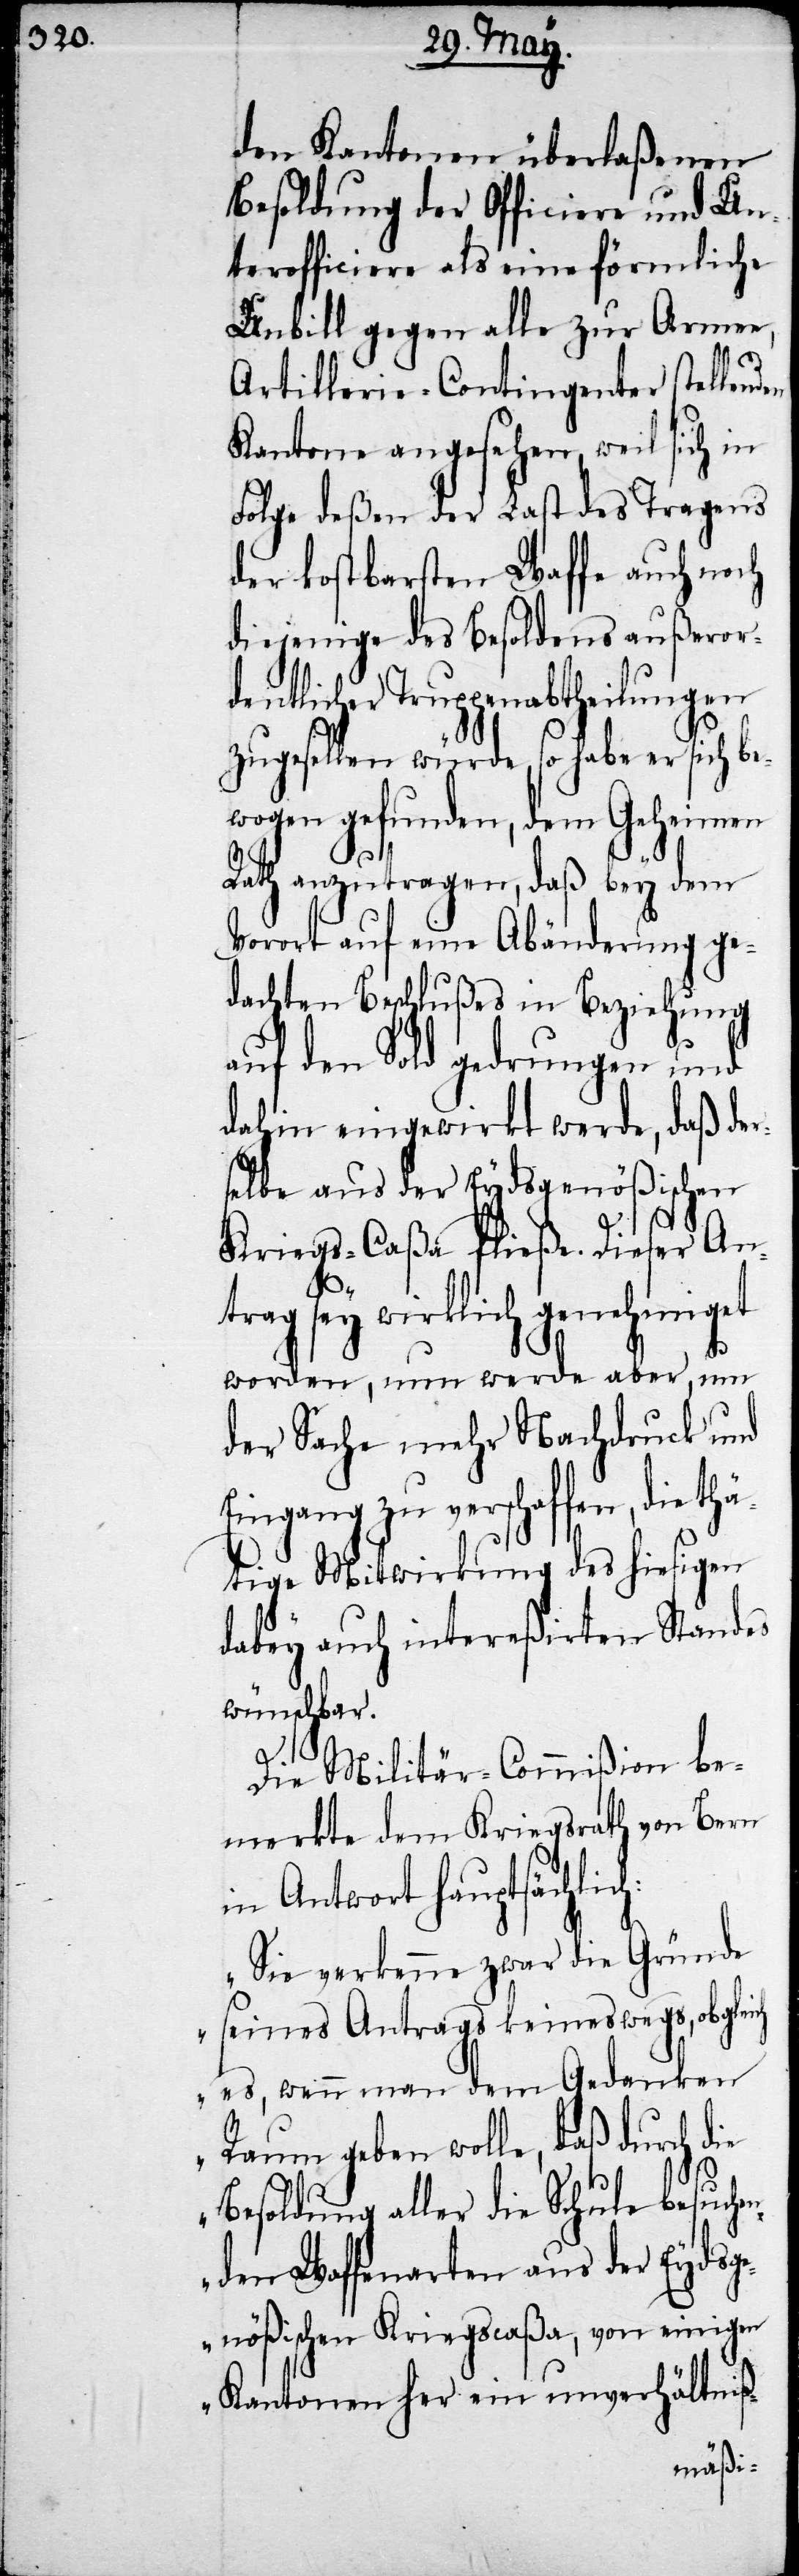
den Kantonen überlaßenen
Besoldung der Officiere und Un¬
terofficiere als eine förmliche
Unbill gegen alle zur Arme¬
hä¬
Artillerie-Contingeter stellenden
Kantone angesehen, weil sich in
Folge deßen der Last des Tragens
der kostbarsten Waffe auch noch
diejenige des Besoldens außeror¬
dentlicher Truppenabtheilungen
zugesellen würde, so habe er sich be¬
wogen gefunden, dem Geheimen
Rath anzutragen, daß bey dem
Vorort auf eine Abänderung ge¬
dachten Beschlußes in Beziehung
auf den Sold gedrungen und
dahin eingewirkt werde, daß der¬
selbe aus der Eydsgenößischen
Kriegs-Caßa fließe. Dieser Ant¬
rag sey wirklich genehmiget
worden, nun werde aber, um
der Sache mehr Nachdruck und
Eingang zu verschaffen, die t¬
tige Mitwirkung des hiesigen
dabey auch intereßirten Standes
wünschbar.
Die Militär-Commißion be¬
merkte dem Kriegsrath von Bern
in Antwort hauptsächlich:
„Sie verkenne zwar die Gründe
seines Antrags keineswegs, obgleich
es, wenn man dem Gedanken
Raum geben wolle, daß durch die
Besoldung aller die Schule besuche¬
nden Waffenarten aus der Eydsg¬
enößischen Kriegscaßa, von einigen
Kantonen her ein unverhältniß-